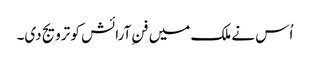
اُس نے ملک میں فنِ آرائش کو ترویج دی۔